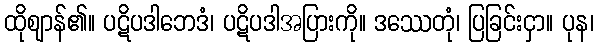
ထိုဈာန်၏။ ပဋိပဒါဘေဒံ၊ ပဋိပဒါအပြားကို။ ဒဿေတုံ၊ ပြခြင်းငှာ။ ပုန၊